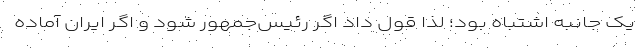
یک جانبه اشتباه بود؛ لذا قول داد اگر رئیس‌جمهور شود و اگر ایران آماده